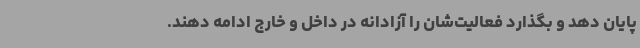
پایان دهد و بگذارد فعالیت‌شان را آزادانه در داخل و خارج ادامه دهند.